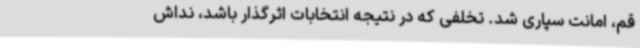
قم، امانت سپاری شد. تخلفی که در نتیجه انتخابات اثرگذار باشد، نداش